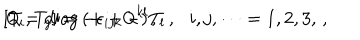
LaTeX: [ T _ { i } , T _ { j } ] = - \epsilon _ { i j k } \mathsf { Q } ^ { k l } T _ { l } \, , \, \, \, \, i , j , \cdots = 1 , 2 , 3 , \, , \hspace { 1 c m } \mathsf { Q } = \mathrm { d i a g } \, ( + + - ) \, ,